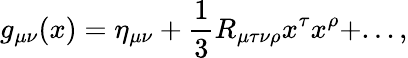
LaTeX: g_{\mu\nu}(x)=\eta_{\mu\nu}+\frac 13R_{\mu\tau\nu\rho}x^{\tau}x^{\rho}+...,